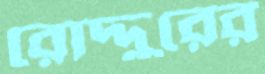
রোদ্দুরের